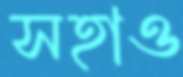
সহাও